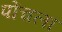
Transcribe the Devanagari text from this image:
पोंचला